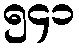
၅၄၁